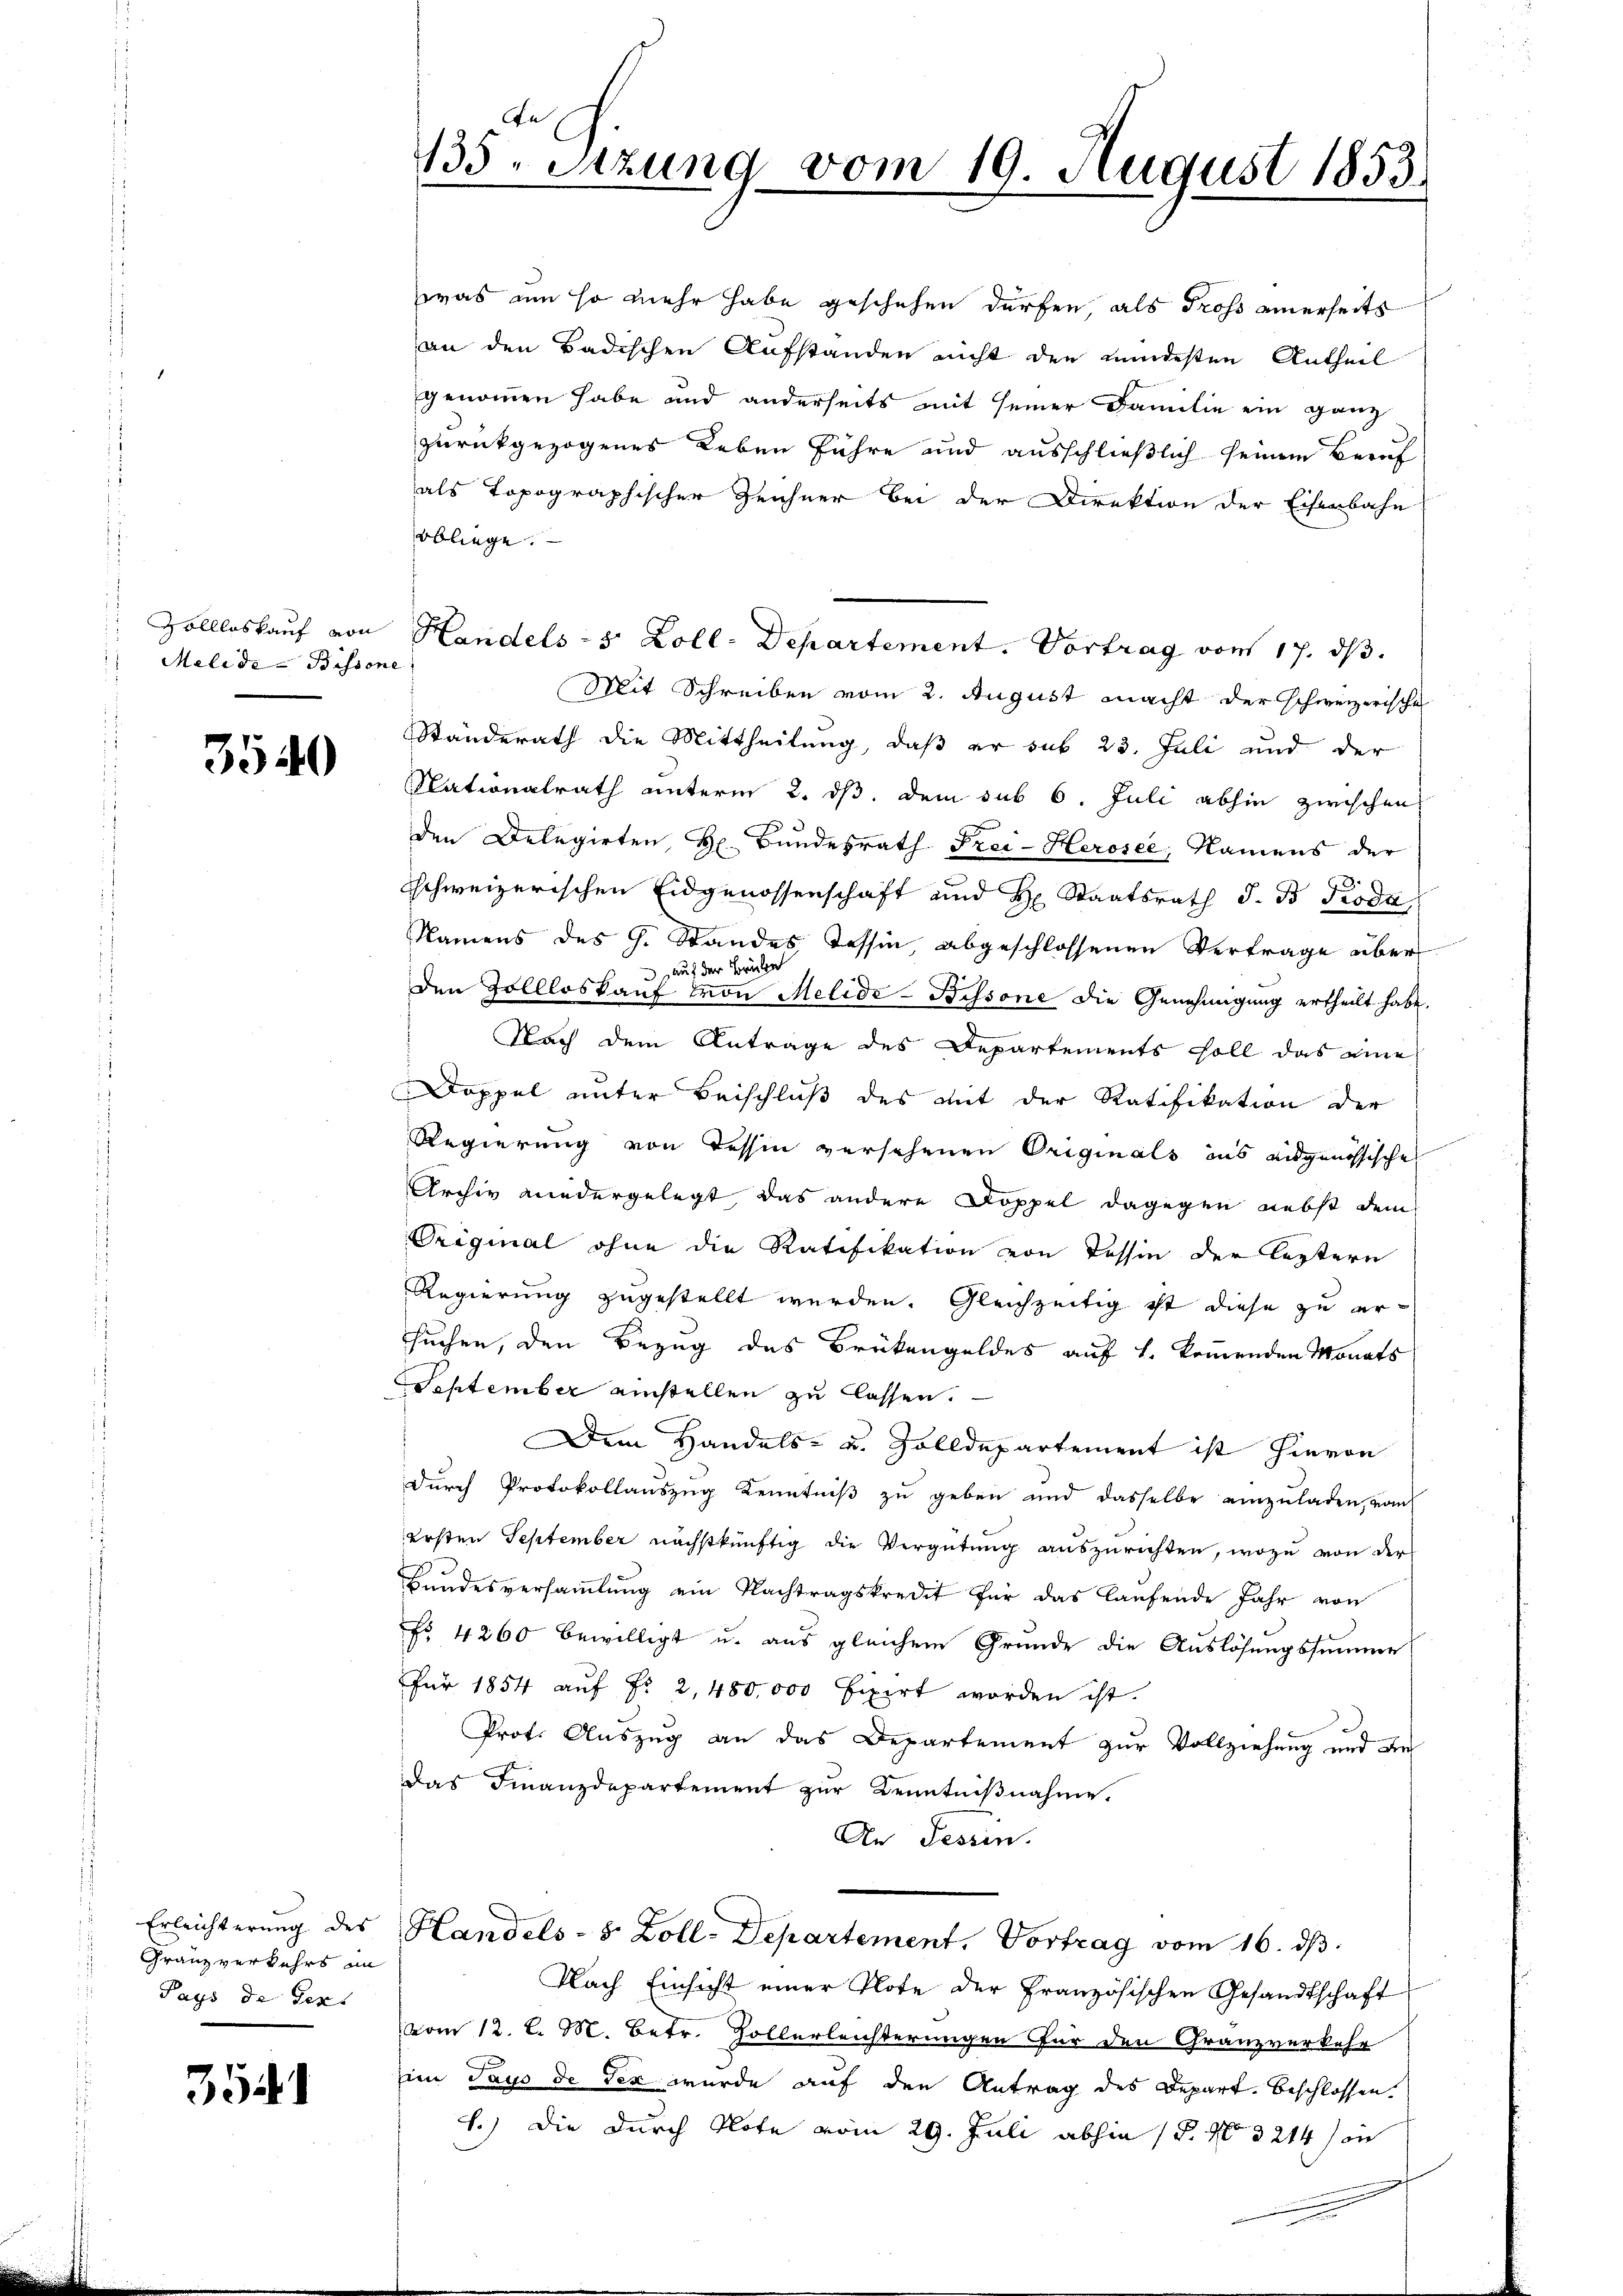
Melide-Bissone

3540

Granz verkehrs in
Pays de Text

3541

An
135. Sitzung vom 19. August 1853.

was um so mehr habe geschehen dürfen, als Gross einerseits
an den Badischen Aufstanden nicht den mindesten Antheil
genommen habe und anderseits mit seiner Familie ein ganz
zurückgezogenes Leben führe und ausschließlich seinem Beruf
als topographischer Zeichner bei der Direktion der Eisenbahn
obliege.
Zollloskaŭf von Handels- & Zoll-Departement. Vortrag von 17. dβ.
Mit Schreiben vom 2. August macht der schweizerische
Standerath die Mittheilung, daß er sub 23. Juli und der
Nationalrath unterm 2. ds. dem sub 6. Juli abhin zwischen
.
den Delegirten, Hr. Bundesrath Frei-Herosee, Namens der
3.
schweizerischen Eidgenossenschaft und H. Staatsrath J. B. Troda
Namens des G. Standes Tessin, abgeschlossenen Vertrage über
 auf der Brücke
den Sollloskauf von Melide-Bissone die Genehmigung ertheilt habe.
Nach dem Antrage des Departements soll das eine
Doppel unter Beischluß des mit der Ratifikation der
Regierung von Tessin versehenen Originals ins eidgenössische
Archiv niedergelegt, das andere Doppel dagegen nebst dem
Original ohne die Ratifikation von Tessin der leztern
Regierung zugestellt werden. Gleichzeitig ist diese zu ersuchen, den Bezug des Brükengeldes auf 1. kommenden Monats
September einstellen zu lassen.
Dem Handels- u. Zolldepartement ist hievon
durch Protokollauszug Kenntniß zu geben und dasselbe einzŭladen, vom
ersten September nächstkünftig die Vergütung auszurichten, wozu von der
Bundesversammlung ein Nachtragskredit für das laufende Jahr von
Nr. 4260 bewilligt u. aus gleichem Grunde die Auslösungssumme
Für 1854 auf Nr. 2, 480,000 fixirt worden ist.
Prof. Auszug an das Departement zur Vollziehung und de
das Finanzdepartement zur Kenntniβnahme.
An Tessin.
Erleichterung des Handels- 8 Zoll-Departement, Vortrag vom 16. dβ.
Nach Einsicht einer Plote der Französischen Gesandtschaft
vom 12. l. M. Betr. Hollerleichterungen für den Granzverkehr
Ein Pays de Tex wurde auf den Antrag des Depart beschlossen.
1.) Die durch Note vom 29. Juli abhin 18. No 3214/on